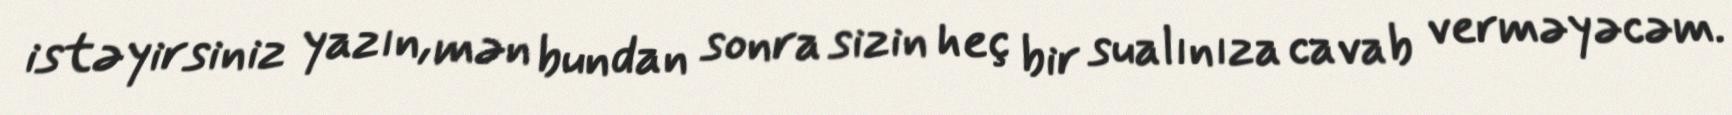
istəyirsiniz yazın, mən bundan sonra sizin heç bir sualınıza cavab verməyəcəm.